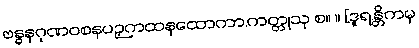
ဗန္ဓနဂုဏဝစနပဉှကထနထောကာ.ကတ္တုသု စ။ ။ [ဒူရ.န္တိကမှ